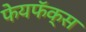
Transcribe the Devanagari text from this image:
फेयफॅक्स